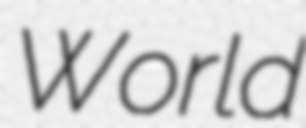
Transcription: World